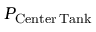
P _ { \mathrm { { C e n t e r \, T a n k } } }